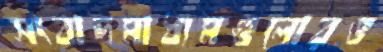
সংবাদমাধ্যমগুলোরও